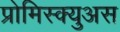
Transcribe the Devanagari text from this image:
प्रोमिस्क्युअस